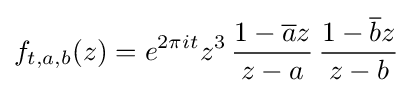
f_{t,a,b}(z)=e^{2\pi it}z^{3}\,{\frac {1-{\overline {a}}z}{z-a}}\,{\frac {1-{\overline {b}}z}{z-b}}